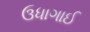
ઉધાગાઈ